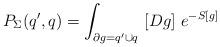
LaTeX: \begin{align*}P_{\Sigma}(q',q)=\int_{\partial g=q'\cup q}\ [Dg]\ e^{-S[g]}\end{align*}